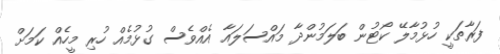
ފަރާތަކީ ހުޅުމާލޭ ކޯޓުން ބަލަމުންދާ މައްސަލައާ އެއްވެސް ގުޅުމެއް ހުރި މީހެއް ކަމަށް